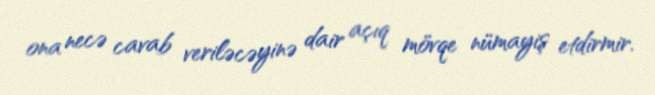
ona necə cavab veriləcəyinə dair açıq mövqe nümayiş etdirmir.